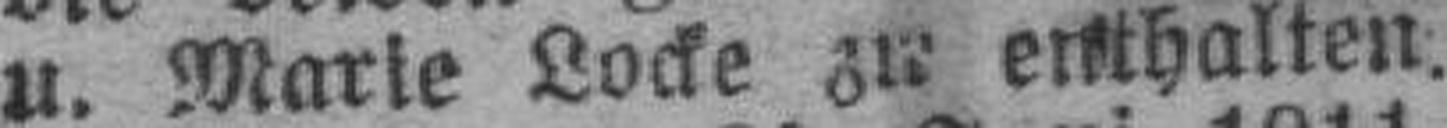
u. Marie Locke zu enthalten.